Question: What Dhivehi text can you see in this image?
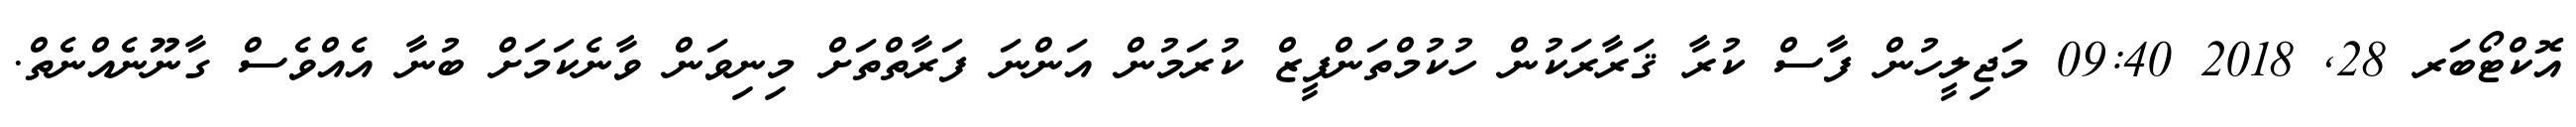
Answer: އޮކްޓޯބަރ 28, 2018 09:40 މަޖިލީހުން ފާސް ކުރާ ޤަރާރަކުން ހުކުމްތަންފީޒް ކުރަމުން އަންނަ ފަރާތްތަށް މިނިވަން ވާނެކަމަށް ބުނާ އެއްވެސް ގާނޫނެއްނެތް.